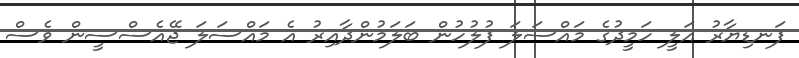
ފަނޑިޔާރު އަލީ ހަމީދުގެ މައްސަލަ ފުލުހުން ބަލަމުންދާއިރު އެ މައްސަލަ ޖޭއެސްސީން ވެސް